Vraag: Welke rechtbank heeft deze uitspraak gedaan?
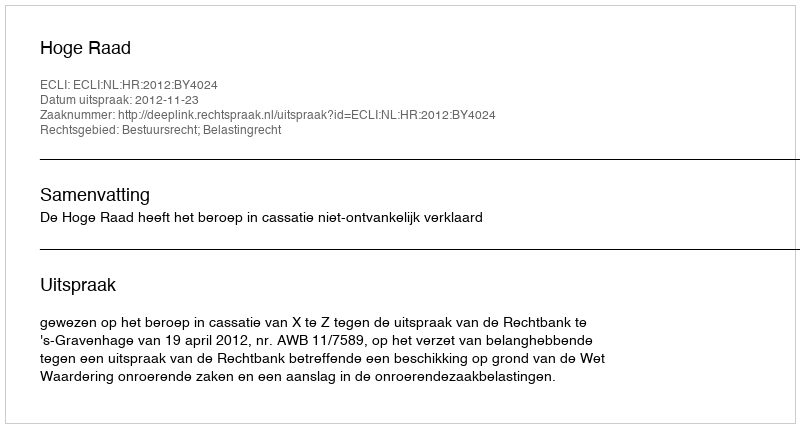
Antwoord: Hoge Raad